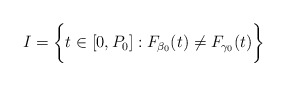
\begin{align*}I = \bigg\{ t \in [0,P_0] : F_{\beta_0}(t) \neq F_{\gamma_0}(t) \bigg\}\end{align*}